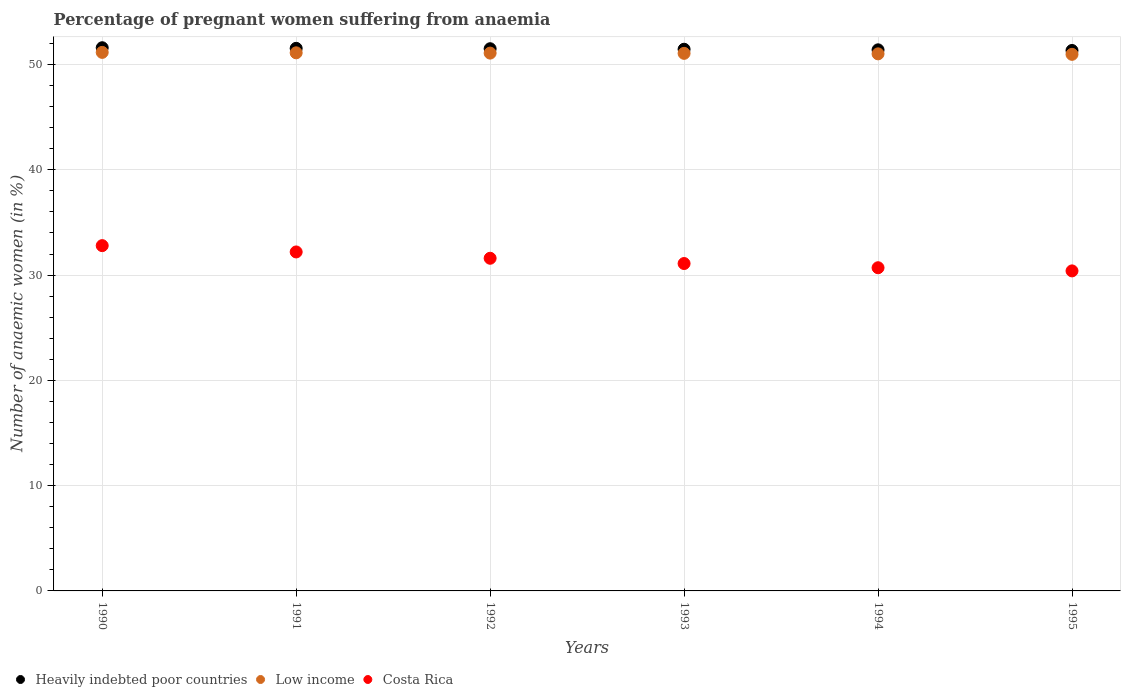
| Years | Heavily indebted poor countries | Low income | Costa Rica |
 | --- | --- | --- | --- |
 | 1990 | 51.6 | 51.2 | 32.8 |
 | 1991 | 51.5 | 51.1 | 32.2 |
 | 1992 | 51.5 | 51.1 | 31.6 |
 | 1993 | 51.5 | 51.1 | 31.1 |
 | 1994 | 51.4 | 51 | 30.7 |
 | 1995 | 51.3 | 51 | 30.4 |